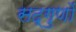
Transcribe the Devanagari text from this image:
सद्‌गुणों